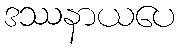
ဒဿနာယပေ